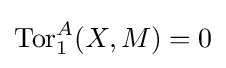
\operatorname {Tor} _{1}^{A}(X,M)=0